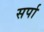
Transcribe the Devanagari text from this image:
सर्पा